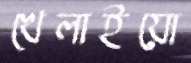
খেলাইয়ো